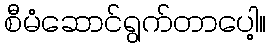
စီမံဆောင်ရွက်တာပေါ့။